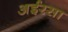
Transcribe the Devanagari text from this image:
अईरसा